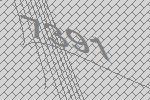
7391